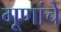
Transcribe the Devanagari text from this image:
गूणांचे